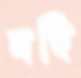
বহি